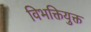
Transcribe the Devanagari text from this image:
विभक्तियुक्त